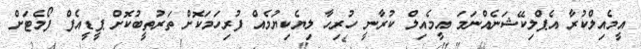
އީމެއިލްކުރާ އެޕްލިކޭޝަނެއްނަމަ އީމެއިލް ކުރާނީ ހުރިހާ ލިޔެކިޔުމެއް ފުރިހަމަކޮށް ތަރުތީބުކޮށް ޕީޑީއެފް ފޯމެޓަށް